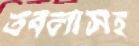
তবলাসহ